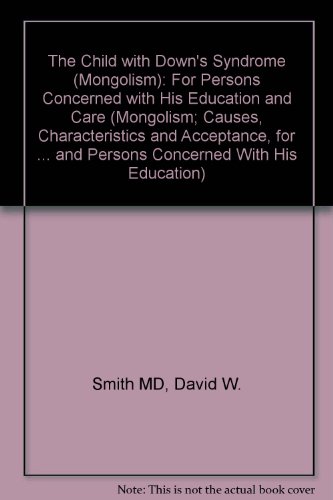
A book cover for The Child With Down's Syndrome: Causes, Characteristics and Acceptance, for Parents, Physicians and Persons Concerned With His Education and Care ... and Persons Concerned With His Education); David W. Smith; Health, Fitness & Dieting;